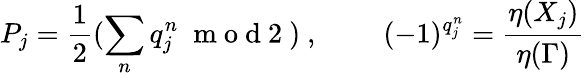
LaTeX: P_{j}=\frac{1}{2}(\sum_{n}q_{j}^{n}\; \mathrm{~m~o~d~2~})\mathrm{~,~}\qquad(-1)^{q_{j}^{n}}=\frac{\eta(X_{j})}{\eta(\Gamma)}